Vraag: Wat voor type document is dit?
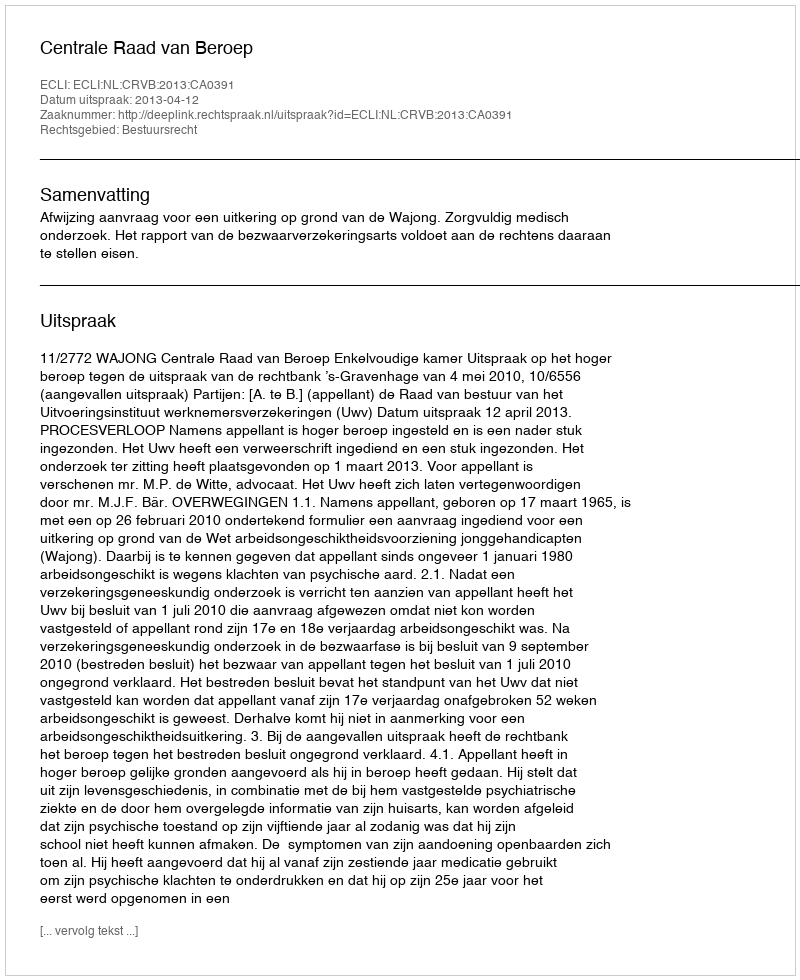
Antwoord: Uitspraak